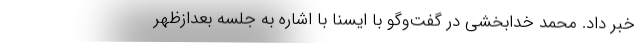
خبر داد. محمد خدابخشی در گفت‌وگو با ایسنا با اشاره به جلسه بعدازظهر